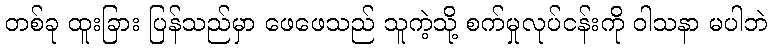
တစ်ခု ထူးခြား ပြန်သည်မှာ ဖေဖေသည် သူကဲ့သို့ စက်မှုလုပ်ငန်းကို ဝါသနာ မပါဘဲ